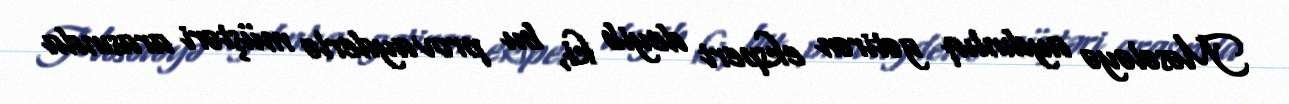
Məsələyə aydınlıq gətirən ekspert deyib ki, bu provayderlə müştəri arasında